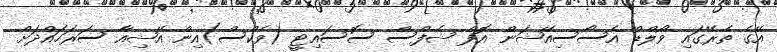
އޭގެ ތެރޭގައި ވޯލްޑް އެސޯސިއޭޝަން އޮފް ޝެފްސް ސޮސައިޓީ (ވެކްސް)އިން އޭޝިއާ ސަރަހައްދަށް